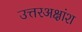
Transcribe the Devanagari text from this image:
उत्तरअक्षांश